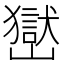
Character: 𡽺